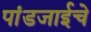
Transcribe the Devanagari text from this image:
पांडजाईचे